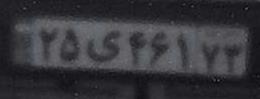
۲۵ی۴۶۱۷۳